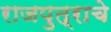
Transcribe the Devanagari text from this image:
राजपुत्राचे